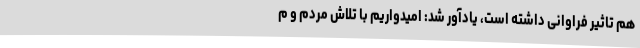
هم تاثیر فراوانی داشته است، یادآور شد: امیدواریم با تلاش مردم و م